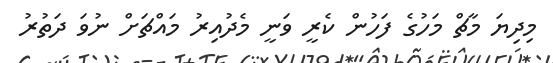
މިދިޔަ މާޗް މަހުގެ ފަހުން ކެރީ ވަނީ މެދުއިރު މައްޗަށް ނުވަ ދަތުރު